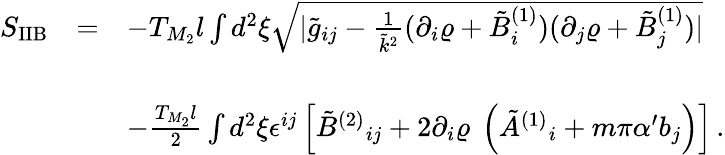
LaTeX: \begin{array}{rcl}{{S_{\mathrm{IIB}}}}&{{=}}&{{-T_{M_{2}}l\int d^{2}\xi\sqrt{|{\tilde{g}}_{ij}-\frac{1}{{\tilde{k}}^{2}}(\partial_{i}\varrho+{\tilde{B}}_{i}^{(1)})(\partial_{j}\varrho+{\tilde{B}}_{j}^{(1)})|}}}\\ {{}}&{{}}&{{}}\\ {{}}&{{}}&{{-\frac{T_{M_{2}}l}{2}\int d^{2}\xi\epsilon^{ij}\left[\tilde{B}^{(2)}{}_{ij}+2\partial_{i}\varrho\ \left({\tilde{A}}^{(1)}{}_{i}+m\pi\alpha^{\prime}b_{j}\right)\right]\, .}}\end{array}